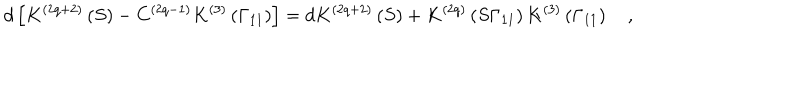
d \left[ K ^ { \left( 2 q + 2 \right) } \left( S \right) - C ^ { \left( 2 q - 1 \right) } K ^ { \left( 3 \right) } \left( \Gamma _ { 1 1 } \right) \right] = d K ^ { \left( 2 q + 2 \right) } \left( S \right) + K ^ { \left( 2 q \right) } \left( S \Gamma _ { 1 1 } \right) K ^ { \left( 3 \right) } \left( \Gamma _ { 1 1 } \right) \quad ,